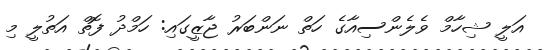
އަލީ ޝިހާމް ވެލެންސިއާގެ ހަތް ނަންބަރު ޖާޒީގައި: ހަމްދު ފޮތް އަތުލީ މި